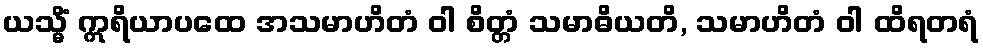
ယသ္မိံ ဣရိယာပထေ အသမာဟိတံ ဝါ စိတ္တံ သမာဓိယတိ, သမာဟိတံ ဝါ ထိရတရံ